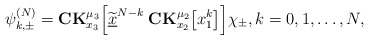
\begin{align*} \psi_{k,\pm}^{(N)}=\mathbf{CK}_{x_3}^{\mu_3}\Big[\widetilde{\underline{x}}^{N-k}\;\mathbf{CK}_{x_2}^{\mu_2}\big[x_1^{k}\big]\Big]\chi_{\pm},k=0,1,\ldots,N,\end{align*}